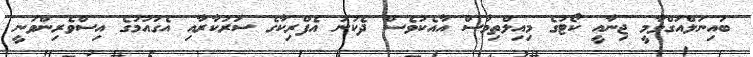
ބައިނަލްއަގްވާމީ ޖިނާއީ ކޯޓުގެ މިއިލްތިމާސް އާއެކުވެސް ދެކުނު އެފްރިކާގެ ސަރުކާރާއި އެގައުމުގެ އިސްވެރިންވަނީ